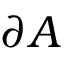
\partial A